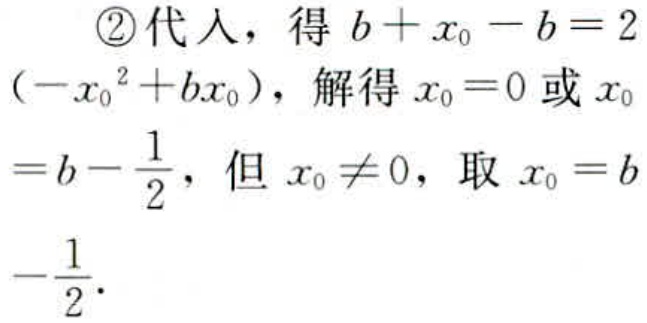
\textcircled{2}代入，得 \(b + x_{0}-b = 2(-x_{0}^{2}+bx_{0})\)，解得 \(x_{0}=0\) 或 \(x_{0}=b - \frac{1}{2}\)，但 \(x_{0}\neq0\)，取 \(x_{0}=b-\frac{1}{2}\)．